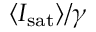
\ensuremath { \langle \ensuremath { I _ { \mathrm { s a t } } } \rangle } / \gamma